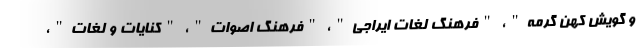
و گویش کهن گرمه"، "فرهنگ لغات ایراجی"، "فرهنگ اصوات"، "کنایات و لغات"،